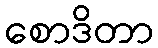
စောဒိတာ